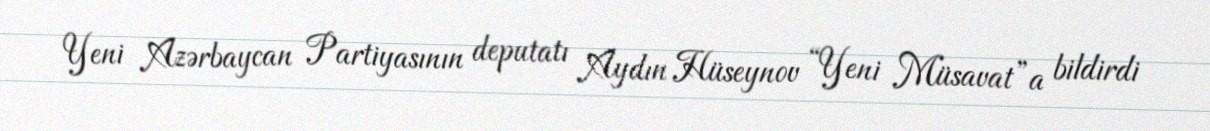
Yeni Azərbaycan Partiyasının deputatı Aydın Hüseynov “Yeni Müsavat”a bildirdi